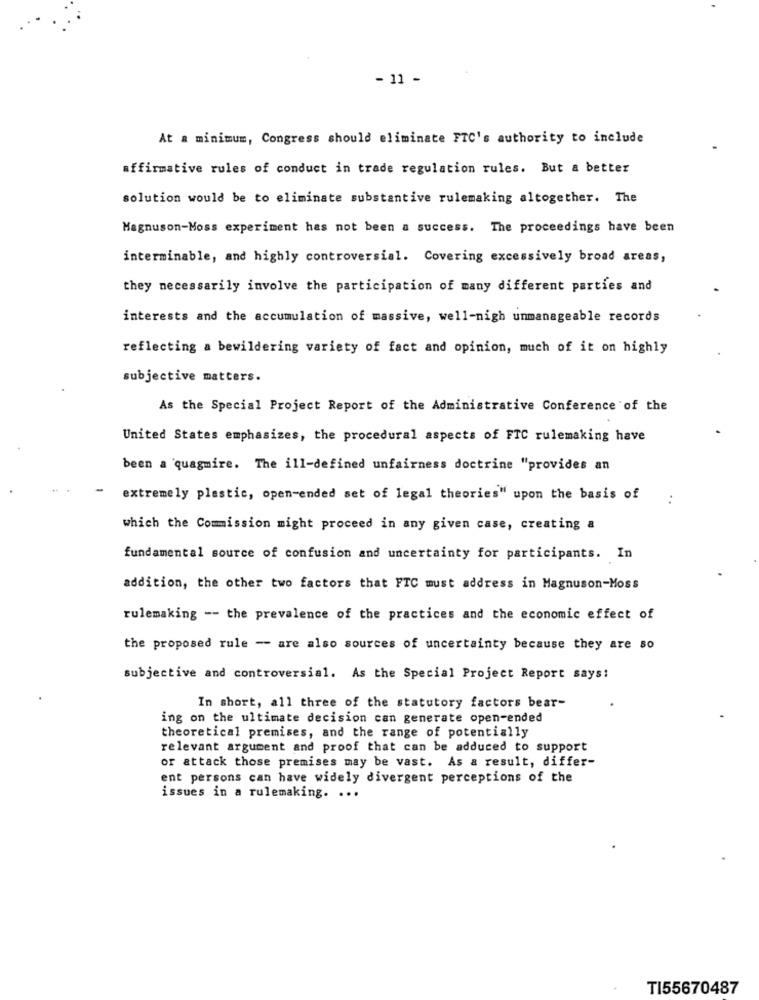
- 11 -
At a minimum, Congress should eliminate FTC's authority to include
affirmative rules of conduct in trade regulation rules. But a better
solution would be to eliminate substantive rulemaking altogether. The
Magnuson-Moss experiment has not been a success. The proceedings have been
interminable, and highly controversial. Covering excessively broad areas,
they necessarily involve the participation of many different parties and
interests and the accumulation of massive, well-nigh unmanageable records
reflecting a bewildering variety of fact and opinion, much of it on highly
subjective matters.
As the Special Project Report of the Administrative Conference of the
United States emphasizes, the procedural aspects of FTC rulemaking have
been a quagmire. The ill-defined unfairness doctrine "provides an
extremely plastic, open-ended set of legal theories" upon the basis of
..
which the Commission might proceed in any given case, creating a
fundamental source of confusion and uncertainty for participants. In
addition, the other two factors that FTC must address in Magnuson-Moss
rulemaking -- the prevalence of the practices and the economic effect of
the proposed rule -- are also sources of uncertainty because they are so
subjective and controversial. As the Special Project Report says!
In short, all three of the statutory factors bear-
ing on the ultimate decision can generate open-ended
theoretical premises, and the range of potentially
relevant argument and proof that can be adduced to support
or attack those premises may be vast. As a result, differ-
ent persons can have widely divergent perceptions of the
issues in a rulemaking. ...
TI55670487